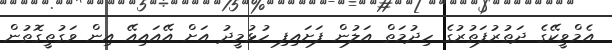
އެމްވީކޭގެ ދަތުރުފަތުރުގެ ހިދުމަތް އަލުން ފަށައިފި ހުޅުމީދު އަށް އޭއައިއޭ އިން ވަގުތީގޮތުން